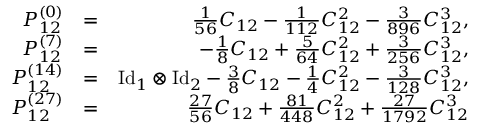
\begin{array} { r l r } { P _ { 1 2 } ^ { ( 0 ) } } & { = } & { \frac { 1 } { 5 6 } C _ { 1 2 } - \frac { 1 } { 1 1 2 } C _ { 1 2 } ^ { 2 } - \frac { 3 } { 8 9 6 } C _ { 1 2 } ^ { 3 } , } \\ { P _ { 1 2 } ^ { ( 7 ) } } & { = } & { - \frac { 1 } { 8 } C _ { 1 2 } + \frac { 5 } { 6 4 } C _ { 1 2 } ^ { 2 } + \frac { 3 } { 2 5 6 } C _ { 1 2 } ^ { 3 } , } \\ { P _ { 1 2 } ^ { ( 1 4 ) } } & { = } & { \mathrm { I d } _ { 1 } \otimes \mathrm { I d } _ { 2 } - \frac { 3 } { 8 } C _ { 1 2 } - \frac { 1 } { 4 } C _ { 1 2 } ^ { 2 } - \frac { 3 } { 1 2 8 } C _ { 1 2 } ^ { 3 } , } \\ { P _ { 1 2 } ^ { ( 2 7 ) } } & { = } & { \frac { 2 7 } { 5 6 } C _ { 1 2 } + \frac { 8 1 } { 4 4 8 } C _ { 1 2 } ^ { 2 } + \frac { 2 7 } { 1 7 9 2 } C _ { 1 2 } ^ { 3 } } \end{array}